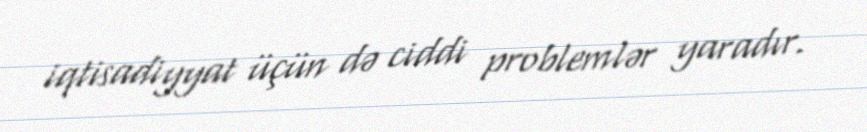
iqtisadiyyat üçün də ciddi problemlər yaradır.